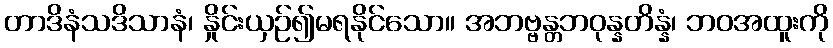
တာဒိနံသဒိသာနံ၊ နှိုင်းယှဉ်၍မရနိုင်သော။ အဘဗ္ဗန္တဘဝုန္နတိန္နံ၊ ဘဝအထူးကို